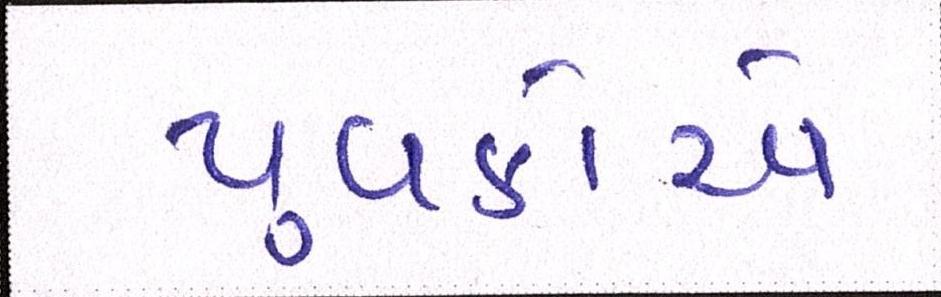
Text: યુવકોએ